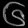
Digit: ၆